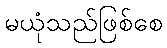
မယုံသည်ဖြစ်စေ